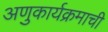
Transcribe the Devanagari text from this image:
अणुकार्यक्रमाची